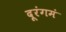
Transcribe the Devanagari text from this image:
दूरंगमं